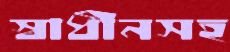
স্বাধীনসহ